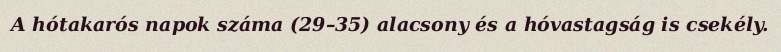
A hótakarós napok száma (29–35) alacsony és a hóvastagság is csekély.